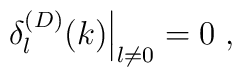
\left.\delta^{(D)}_{l}(k)\right|_{l \neq 0}=0\;  ,